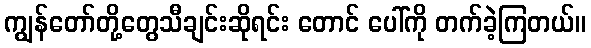
ကျွန်တော်တို့တွေသီချင်းဆိုရင်း တောင် ပေါ်ကို တက်ခဲ့ကြတယ်။